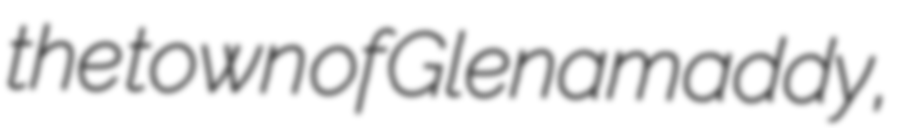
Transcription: the town of Glenamaddy,